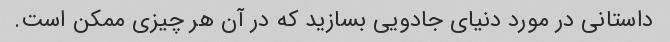
داستانی در مورد دنیای جادویی بسازید که در آن هر چیزی ممکن است.